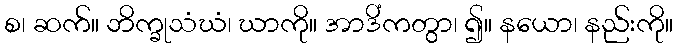
စ၊ ဆက်။ ဘိက္ခုသံဃံ၊ ဃာကို။ အာဒိံကတွာ၊ ၍။ နယော၊ နည်းကို။